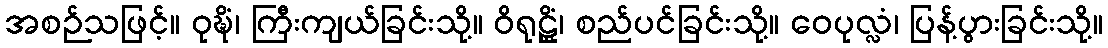
အစဉ်သဖြင့်။ ဝုဍ္ဎိံ၊ ကြီးကျယ်ခြင်းသို့။ ဝိရုဠ္ဌိံ၊ စည်ပင်ခြင်းသို့။ ဝေပုလ္လံ၊ ပြန့်ပွားခြင်းသို့။